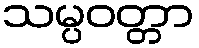
သမ္ပဝတ္တာ